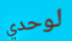
لوحدي